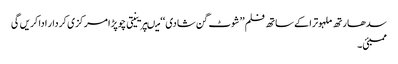
سدھارتھ ملہوترا کے ساتھ فلم ’’شوٹ گن شادی ‘‘ میںپرینیتی چوپڑا مرکزی کردار ادا کریں گی
ممبئی۔